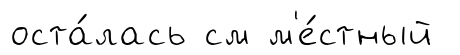
оста́лась см м'е́стный